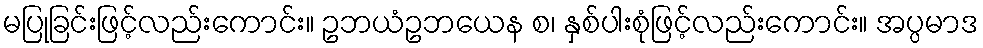
မပြုခြင်းဖြင့်လည်းကောင်း။ ဥဘယံဥဘယေန စ၊ နှစ်ပါးစုံဖြင့်လည်းကောင်း။ အပ္ပမာဒ